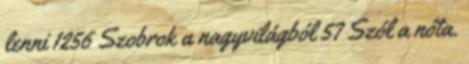
lenni 1256 Szobrok a nagyvilágból 57 Szól a nóta.